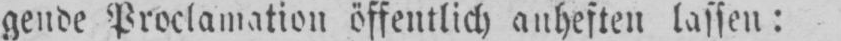
gende Proclamation öffentlich anheften lassen: